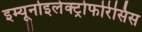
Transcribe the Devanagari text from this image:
इम्यूनोइलेक्ट्रोफोरेसिस